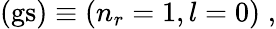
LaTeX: (\mathrm{gs})\equiv\left(n_{r}=1,l=0\right)\; ,